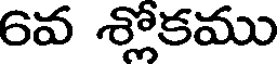
6వ శ్లోకము